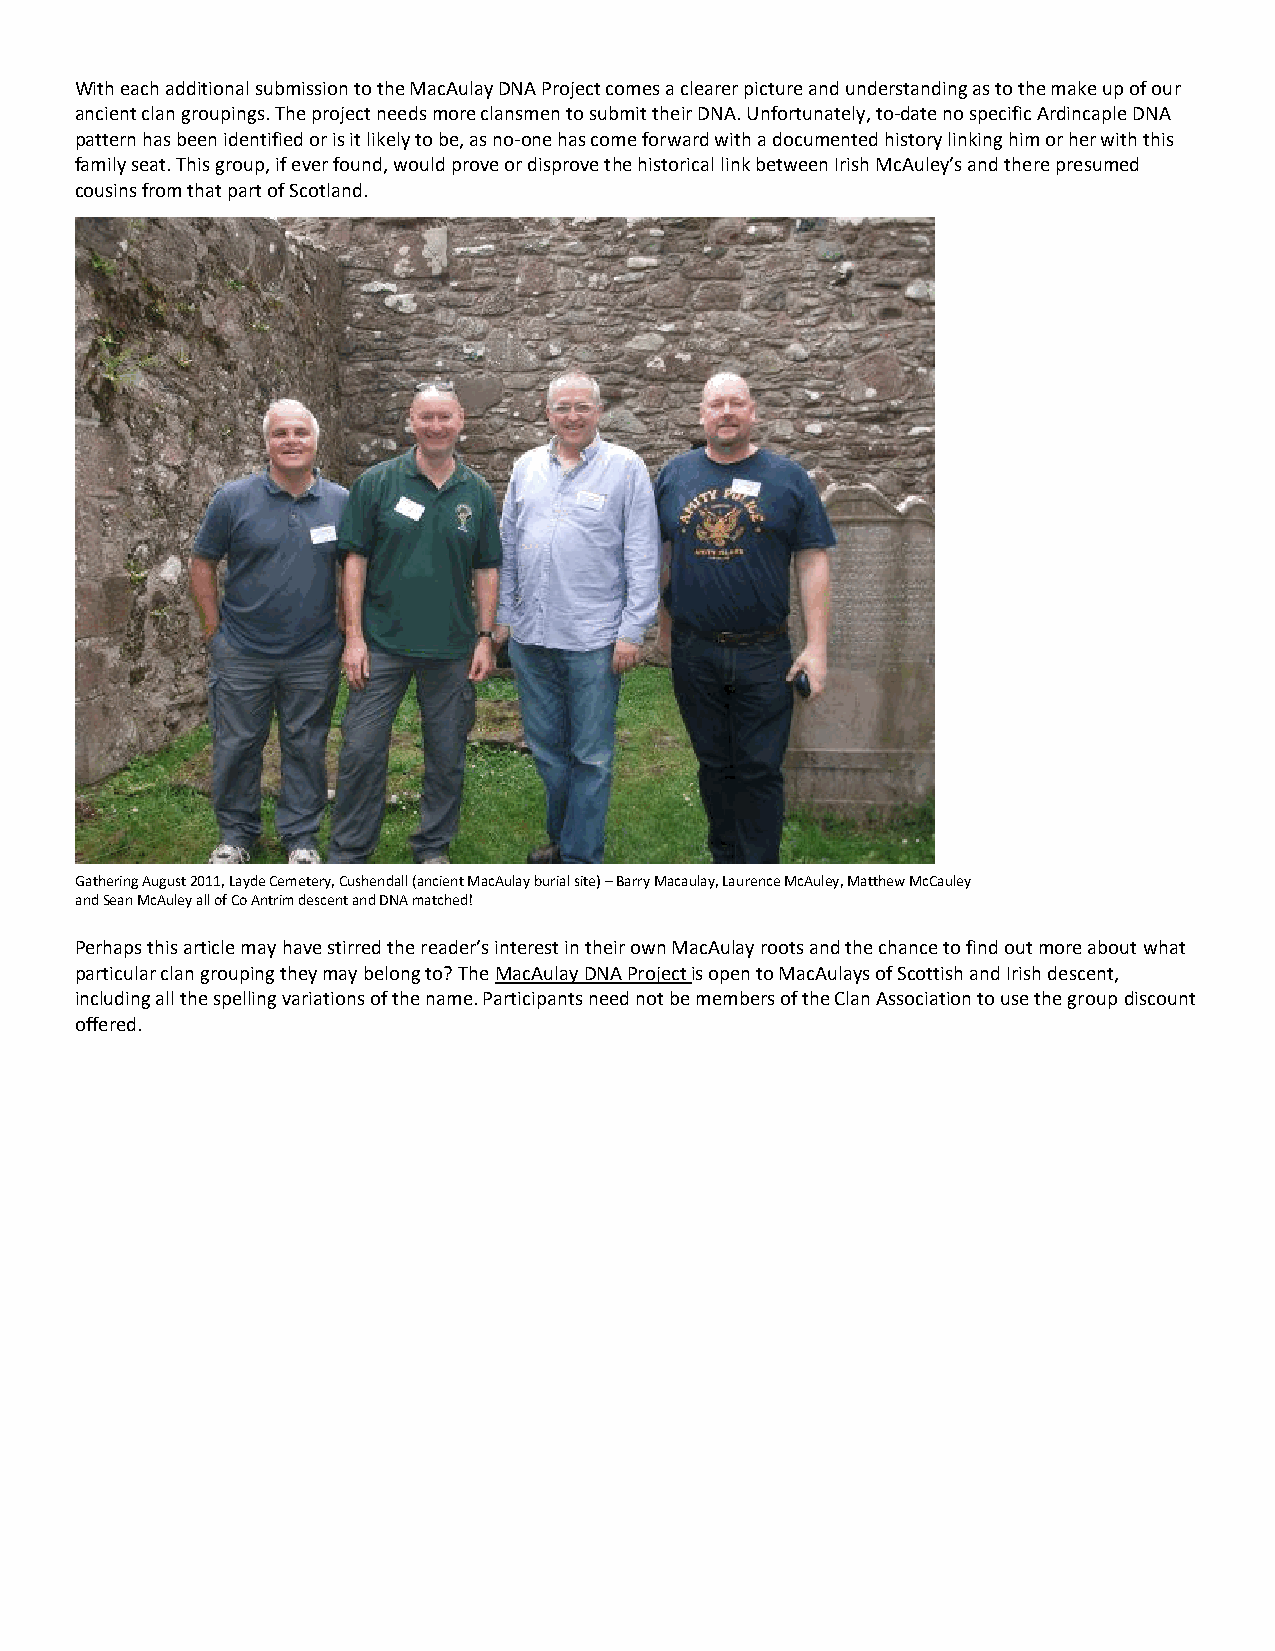
With each additional submission to the MacAulay DNA Project comes a clearer picture and understanding as to the make up of our
 ancient clan groupings. The project needs more clansmen to submit their DNA. Unfortunately, to-date no specific Ardincaple DNA
 pattern has been identified or is it likely to be, as no-one has come forward with a documented history linking him or her with this
 family seat. This group, if ever found, would prove or disprove the historical link between Irish McAuley’s and there presumed
 cousins from that part of Scotland.
 Gathering August 2011, Layde Cemetery, Cushendall (ancient MacAulay burial site) – Barry Macaulay, Laurence McAuley, Matthew McCauley
 and Sean McAuley all of Co Antrim descent and DNA matched!
 Perhaps this article may have stirred the reader’s interest in their own MacAulay roots and the chance to find out more about what
 particular clan grouping they may belong to? The MacAulay DNA Project is open to MacAulays of Scottish and Irish descent,
 including all the spelling variations of the name. Participants need not be members of the Clan Association to use the group discount
 offered.